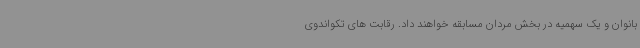
بانوان و یک سهمیه در بخش مردان مسابقه خواهند داد. رقابت های تکواندوی